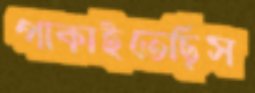
পাকাইতেছিস